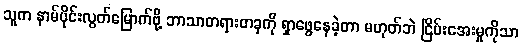
သူက နာမ်ပိုင်းလွတ်မြောက်ဖို့ ဘာသာတရားတခုကို ရှာဖွေနေခဲ့တာ မဟုတ်ဘဲ ငြိမ်းအေးမှုကိုသာ